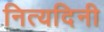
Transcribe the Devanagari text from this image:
नित्यदिनी